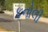
કનોલી